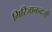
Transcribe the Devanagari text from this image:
गिरिजानन्दजी